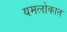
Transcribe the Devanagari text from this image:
यमलोकात